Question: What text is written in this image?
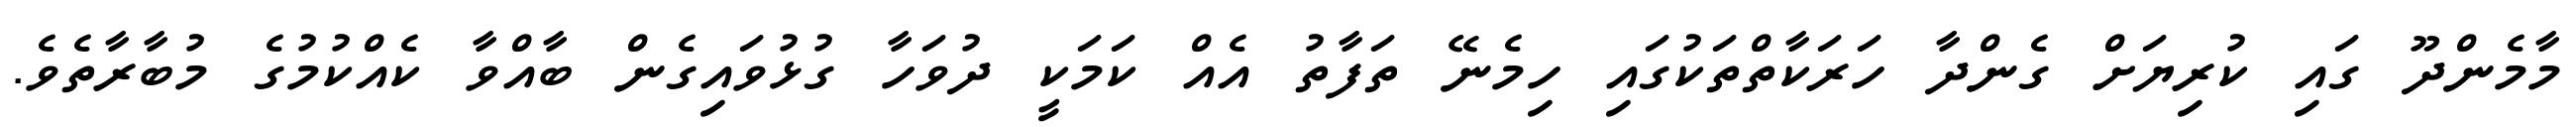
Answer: މާމެންދޫ ގައި ކުރިޔަށް ގެންދާ ހަރަކާތްތަކުގައި ހިމެނޭ ތަފާތު އެއް ކަމަކީ ދުވަހާ ގުޅުވައިގެން ބާއްވާ ކެއްކުމުގެ މުބާރާތެވެ.